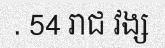
. 54 រាជ វង្ស